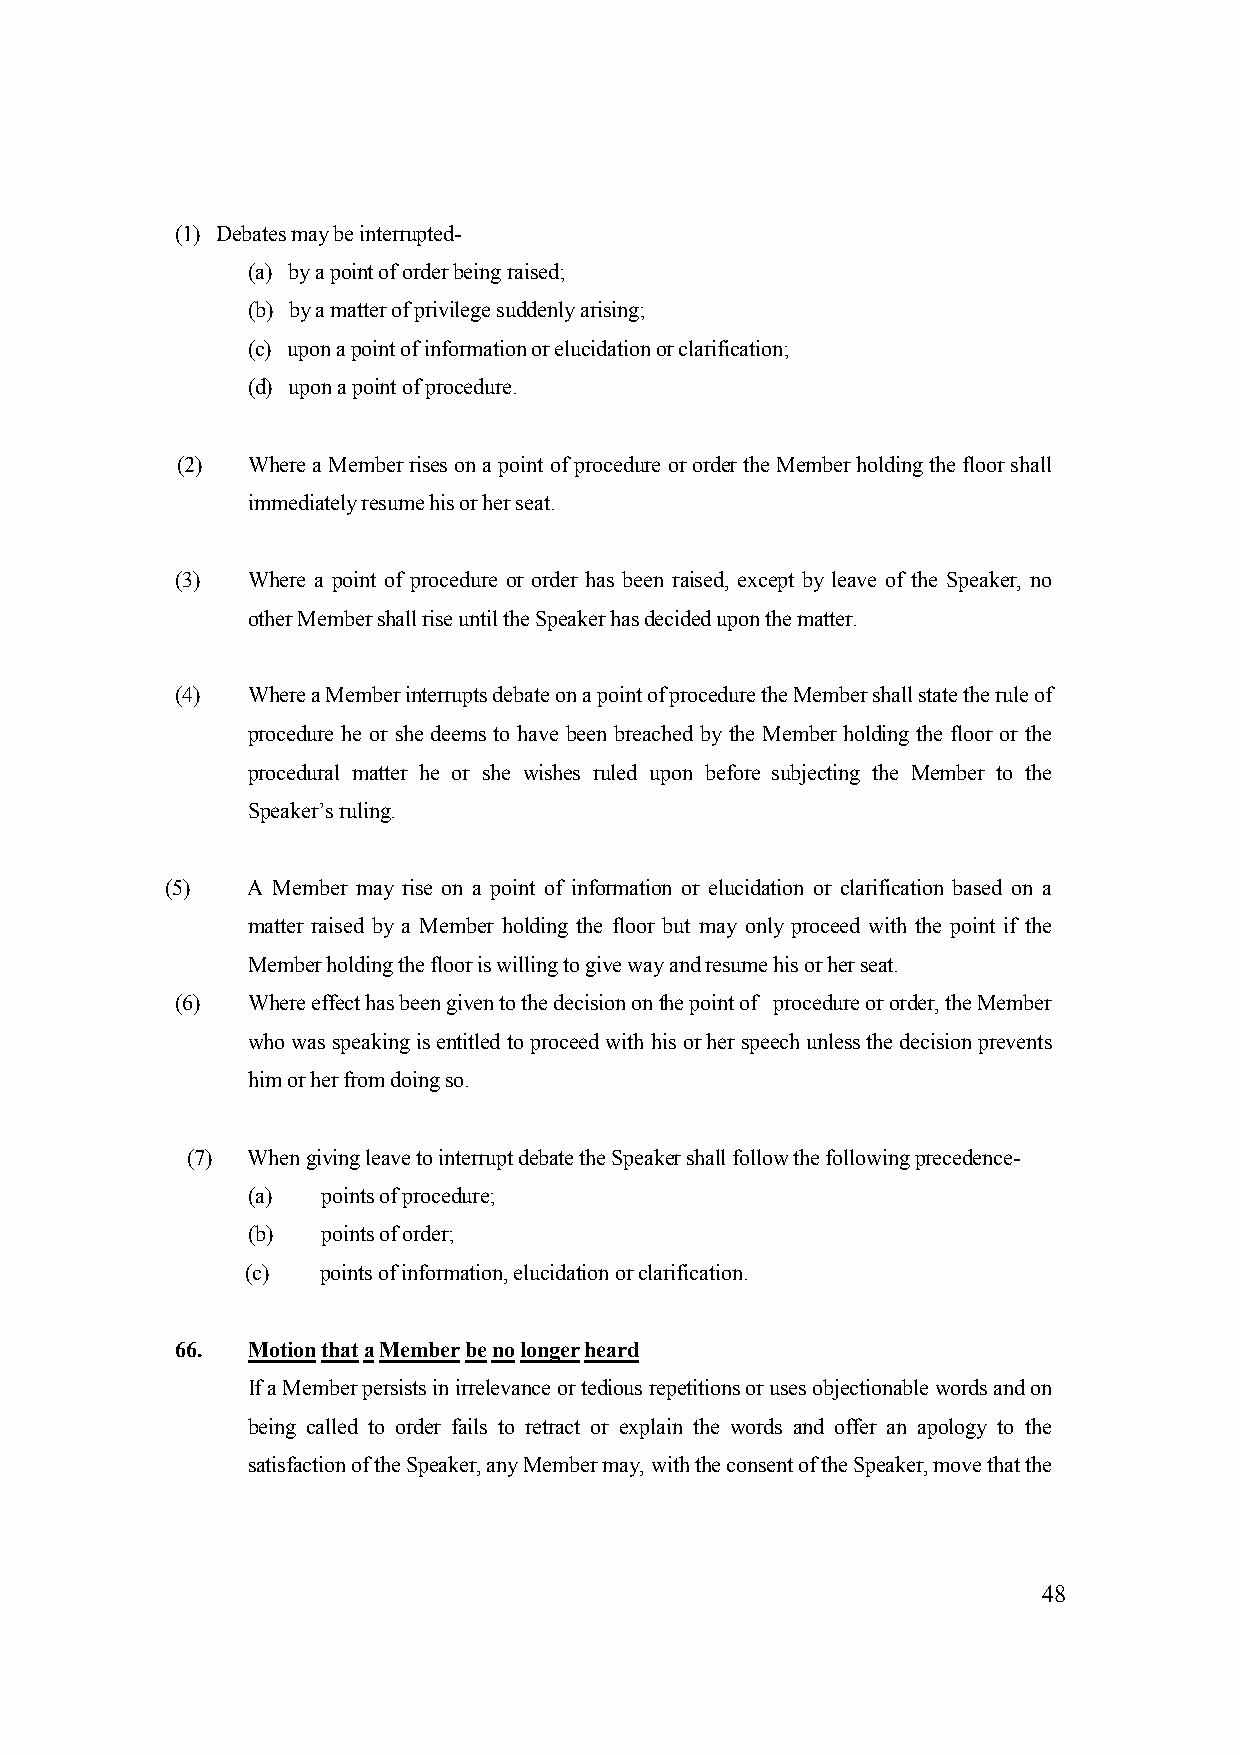
(1) Debates may be interrupted-
 (a) by a point of order being raised;
 (b) by a matter of privilege suddenly arising;
 (c) upon a point of information or elucidation or clarification;
 (d) upon a point of procedure.
 (2) Where a Member rises on a point of procedure or order the Member holding the floor shall
 immediately resume his or her seat.
 (3) Where a point of procedure or order has been raised, except by leave of the Speaker, no
 other Member shall rise until the Speaker has decided upon the matter.
 (4) Where a Member interrupts debate on a point of procedure the Member shall state the rule of
 procedure he or she deems to have been breached by the Member holding the floor or the
 procedural matter he or she wishes ruled upon before subjecting the Member to the
 Speaker’s ruling.
 (5)  A Member may rise on a point of information or elucidation or clarification based on a
 matter raised by a Member holding the floor but may only proceed with the point if the
 Member holding the floor is willing to give way and resume his or her seat.
 (6) Where effect has been given to the decision on the point of procedure or order, the Member
 who was speaking is entitled to proceed with his or her speech unless the decision prevents
 him or her from doing so.
 (7) When giving leave to interrupt debate the Speaker shall follow the following precedence-
 (a)  points of procedure;
 (b)  points of order;
 (c)  points of information, elucidation or clarification.
 66. Motion that a Member be no longer heard
 If a Member persists in irrelevance or tedious repetitions or uses objectionable words and on
 being called to order fails to retract or explain the words and offer an apology to the
 satisfaction of the Speaker, any Member may, with the consent of the Speaker, move that the
 48